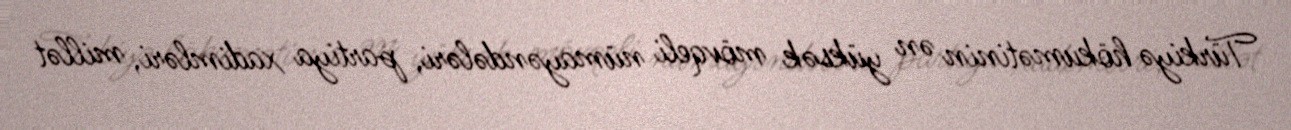
Türkiyə hökumətinin ən yüksək mövqeli nümayəndələri, partiya xadimləri, millət